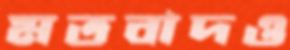
মতবাদও